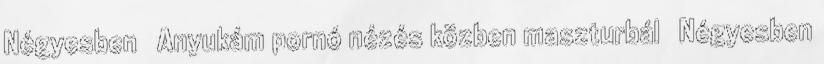
Négyesben ▪ Anyukám pornó nézés közben maszturbál ▪ Négyesben